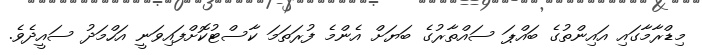
މިޑްރާމާގައި އައިންތުގެ ބައްޕަ ސައްތާރުގެ ބަޔަށް އެންމެ ފުރަތަމަ ކާސްޓުކޮށްފައިވަނީ އަހްމަދު ސައީދެވެ.